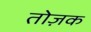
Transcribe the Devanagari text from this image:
तोज़क